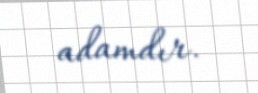
adamdır.